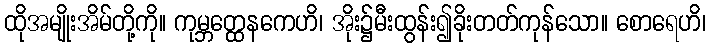
ထိုအမျိုးအိမ်တို့ကို။ ကုမ္ဘတ္ထေနကေဟိ၊ အိုး၌မီးထွန်း၍ခိုးတတ်ကုန်သော။ စောရေဟိ၊